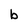
Character: b